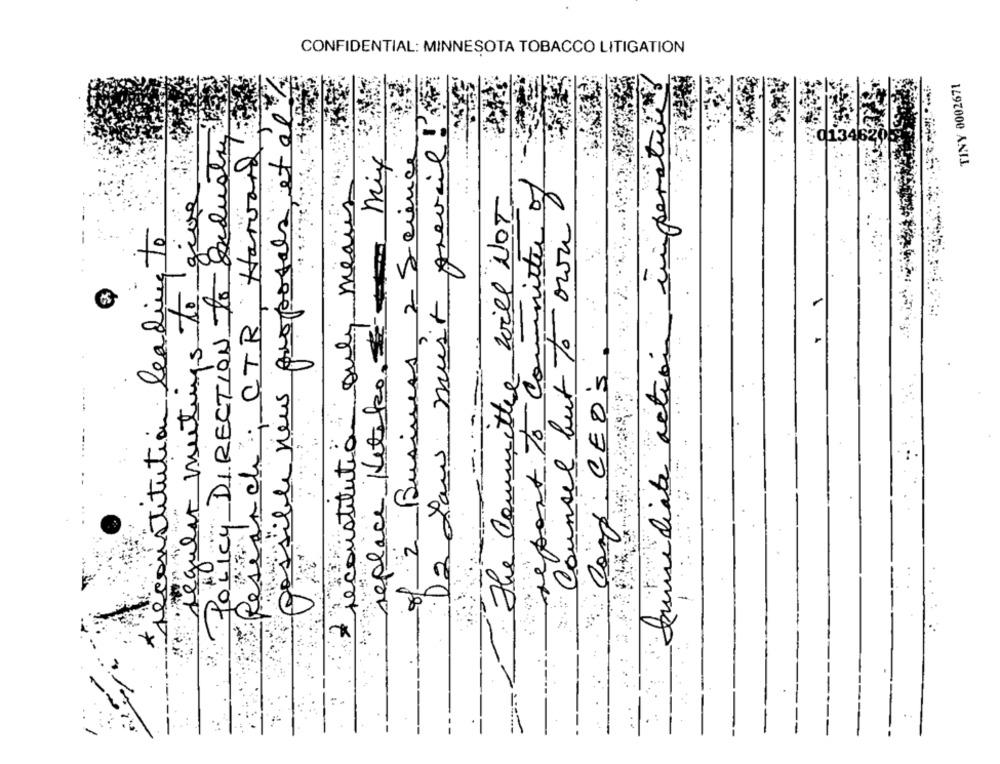
CONFIDENTIAL: MINNESOTA TOBACCO LITIGATION
TINY 0002671
proposals, et al
POLICY DIRECTION to Industry
Research; CTR Harvard
of 2 Business 2 Science
st
0134620
replace Ketsko, Mix
give
report To committee of
reconstitution only means
The Committee will NOT
Dumidiate action imper
Da Lau must que
Counsel but to own
reconstitution leading to
regular meetings to g
Comp CEO'S
..